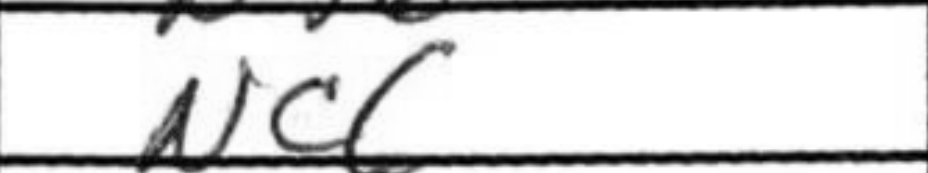
Transcription: Nc6